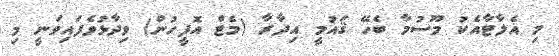
މި އެލާޓާއެކު މޫސުމާ ބެހޭ ޤައުމީ އިދާރާ (މެޓް އޮފީހުން) ވިދާޅުވެފައިވަނީ މި